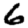
Digit: 6